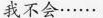
我不会………